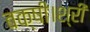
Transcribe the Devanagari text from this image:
बक्षी।श्री